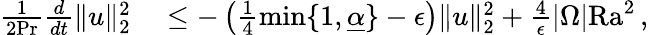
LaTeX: \begin{array}{rl}{\frac{1}{2\mathrm{{Pr}}}\frac{d}{dt}\| u\| _{2}^{2}}&{{}\leq-\left(\frac{1}{4}\operatorname*{min}\lbrace 1,\underline{{\alpha}}\rbrace-\epsilon\right)\| u\| _{2}^{2}+\frac{4}{\epsilon}|\Omega|\mathrm{{Ra}}^{2}\, ,}\end{array}